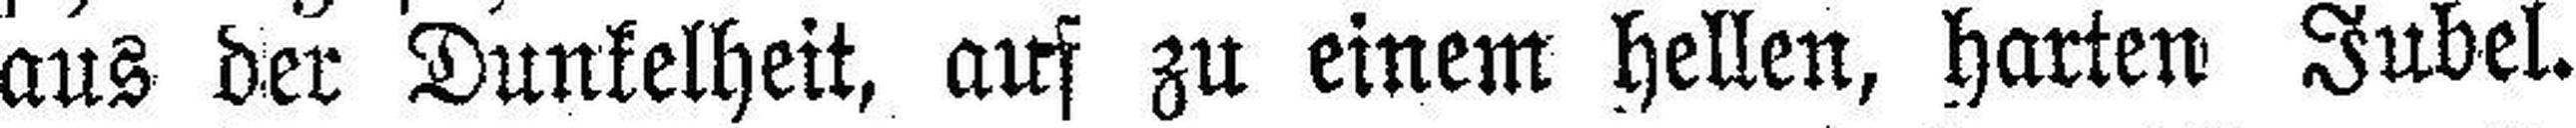
aus der Dunkelheit, auf zu einem hellen, harten Jubel.